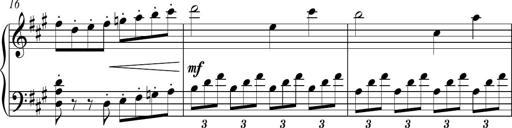
Title: Piano Sonatina in A major
Composer: Z Q Sysmoebius
Key: A major